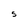
Character: S